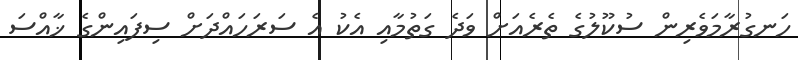
ހަނގުރާމަވެރިން ސުކޫލުގެ ތެރެއަށް ވަދެ ގަތުމާއި އެކު އެ ސަރަހައްދަށް ސިފައިންގެ ޚާއްސަ